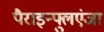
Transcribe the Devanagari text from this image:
पैराइन्फ्लुएंजा